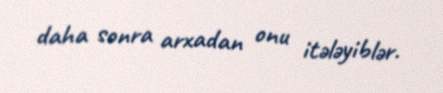
daha sonra arxadan onu itələyiblər.